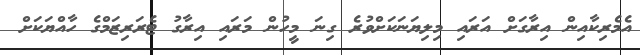
އެމެރިކާއިން އިރާގަށް އަރައި މިލިޔަނަކަށްވުރެ ގިނަ މީހުން މަރައި އިރާގު ޓެރަރިޒަމްގެ ހާއްޔަކަށް